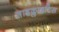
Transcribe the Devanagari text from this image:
साइक्लाइटिस